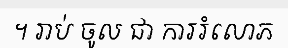
។ រាប់ ចូល ជា ការរំលោភ